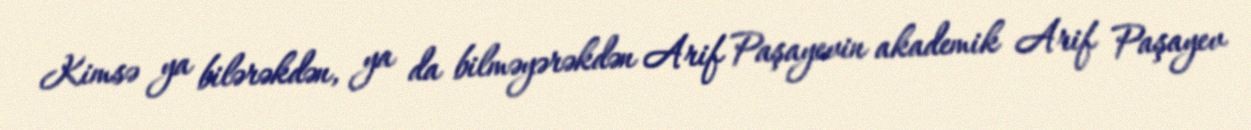
Kimsə ya bilərəkdən, ya da bilməyərəkdən Arif Paşayevin akademik Arif Paşayev